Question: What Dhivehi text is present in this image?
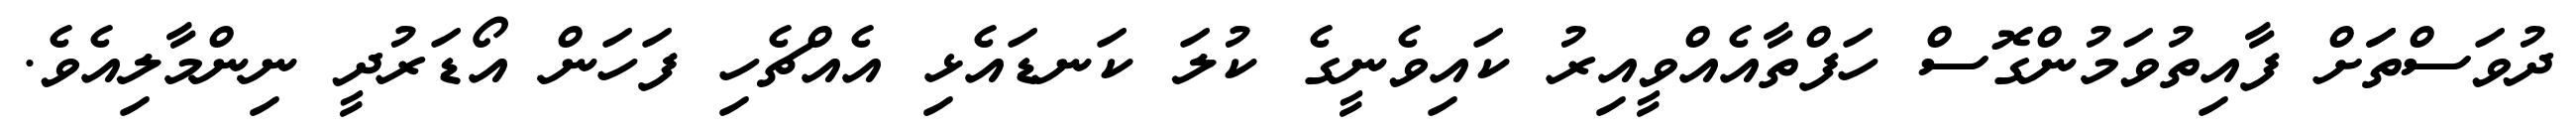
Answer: ދުވަސްތަަށް ފާއިތުވަމުންގޮސް ހަފްތާއެއްވީއިރު ކައިވެނީގެ ކުލަ ކަނޑައެޅި އެއްޗެހި ފަހަން އޯޑަރުދީ ނިންމާލިއެވެ.